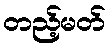
တည့်မတ်